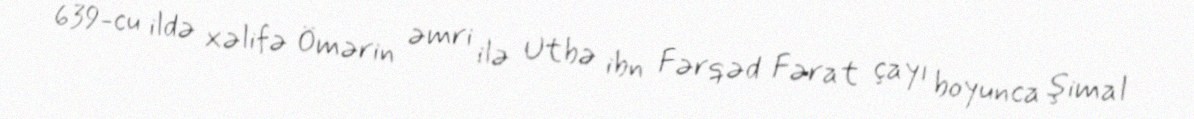
639-cu ildə xəlifə Ömərin əmri ilə Utbə ibn Fərqəd Fərat çayı boyunca şimal